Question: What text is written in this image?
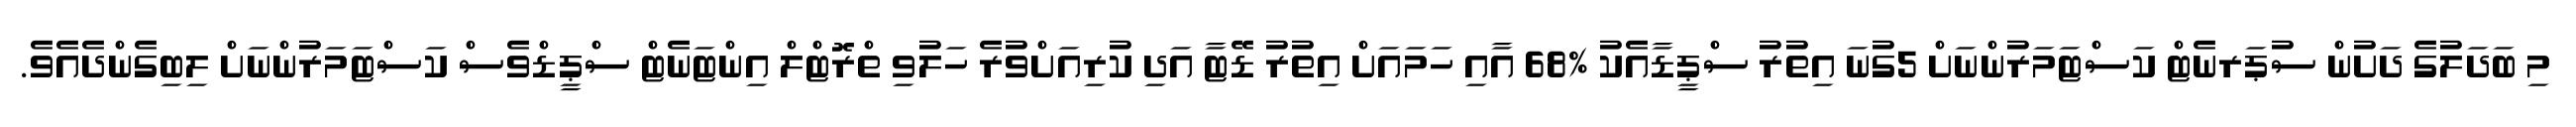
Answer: މި ބަދަލުގެ ދަށުން ސުޕަރނެޓް ކަސްޓަމަރުންނަށް 5ގުނަ އިތުރު ސްޕީޑާއެކު %68 އާއި ހަމައަށް އިތުރު ޑޭޓާ އަދި ކުރިއަށްވުރެ ހަލުވި ތްރޮޓްލް އިންޓަނެޓް ސްޕީޑްވެސް ކަސްޓަމަރުންނަށް ލިބިގެންދެއެވެ.